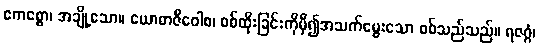
ဧကစ္စော၊ အချို့သော။ ယောဓာဇီဝေါစ၊ စစ်ထိုးခြင်းကိုမှီ၍အသက်မွေးသော စစ်သည်သည်။ ရဇဂ္ဂံ၊